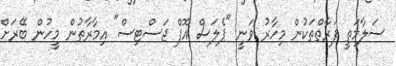
ސަލާމަތީ ފަރާތްތަކުން މިހާރު ވަނީ "ޕެލަސް އޮފް ޖަސްޓިސް" އިމާރާތުން މީހުން ބޭރަށް